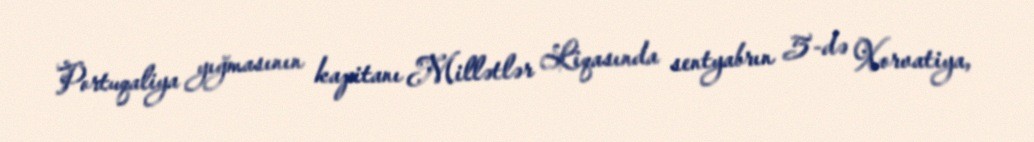
Portuqaliya yığmasının kapitanı Millətlər Liqasında sentyabrın 5-də Xorvatiya,